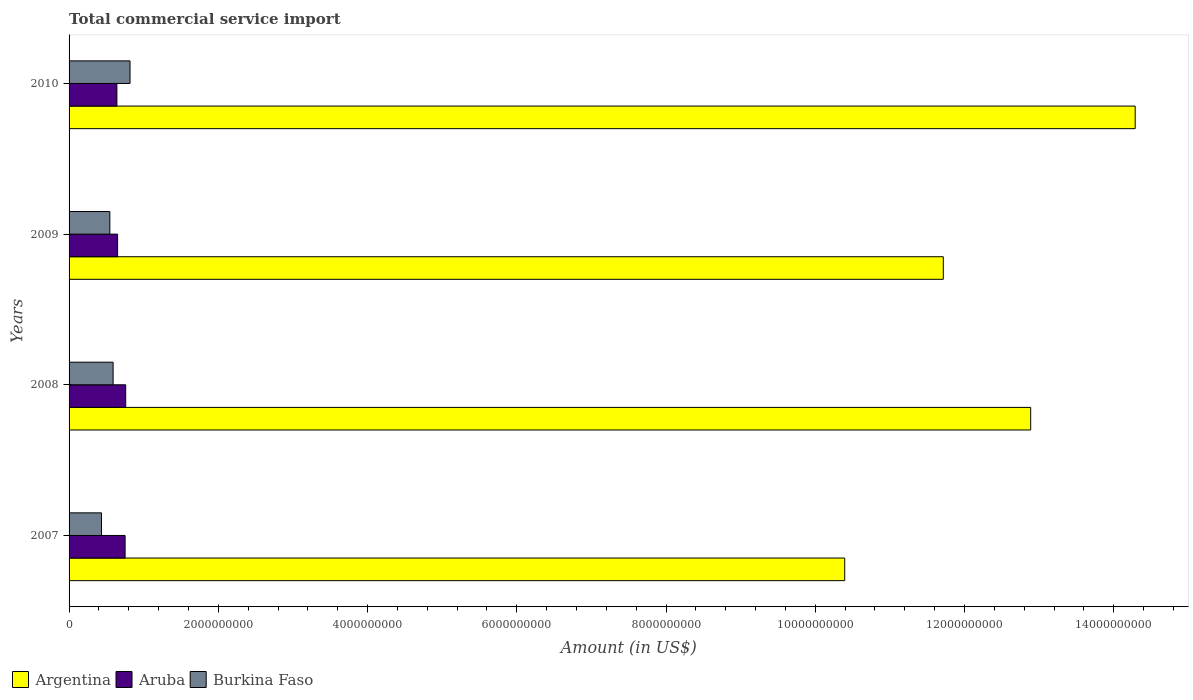
| Years | Argentina | Aruba | Burkina Faso |
 | --- | --- | --- | --- |
 | 2007 | 1.04e+10 | 7.51e+08 | 4.35e+08 |
 | 2008 | 1.29e+10 | 7.59e+08 | 5.9e+08 |
 | 2009 | 1.17e+10 | 6.5e+08 | 5.46e+08 |
 | 2010 | 1.43e+10 | 6.41e+08 | 8.17e+08 |